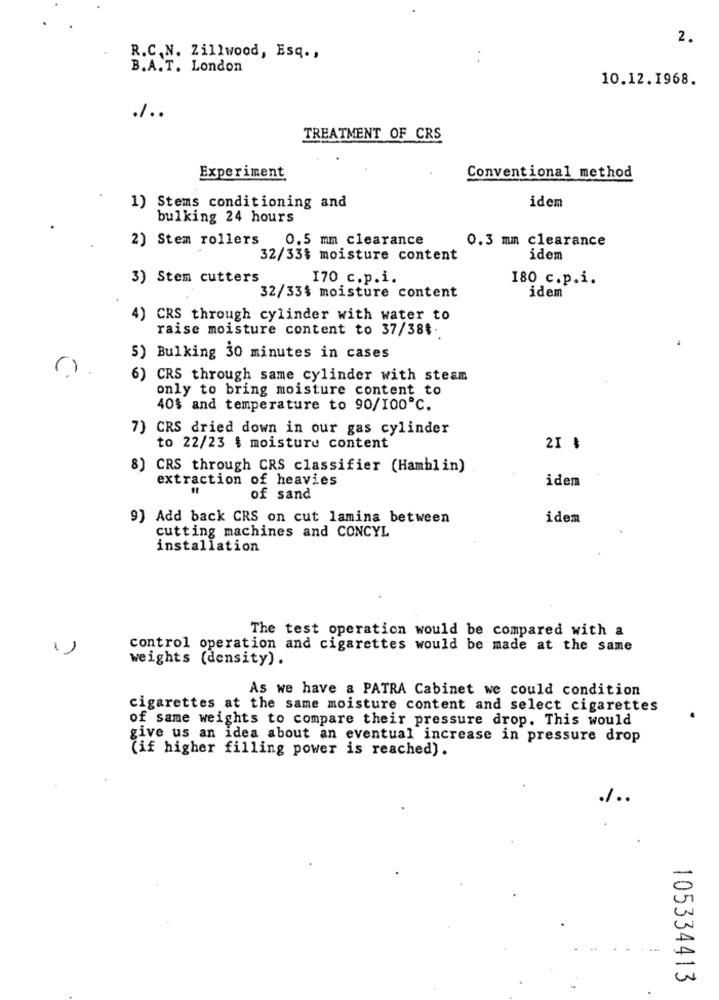
2.
R.C.N. Zillwood, Esq .,
B.A.T. London
10.12.1968.
./ ..
TREATMENT OF CRS
Experiment
Conventional method
idem
1) Stems conditioning and
bulking 24 hours
2) Stem rollers
0.5 mm clearance
0.3 mm clearance
32/33$ moisture content
idem
3) Stem cutters
170 c.p.i.
180 c.p.i.
32/33% moisture content
idem
4) CRS through cylinder with water to
raise moisture content to 37/388.
5) Bulking 30 minutes in cases
6) CRS through same cylinder with steam
only to bring moisture content to
40$ and temperature to 90/100℃.
7) CRS dried down in our gas cylinder
to 22/23 $ moisture content
21 %
8) CRS through CRS classifier (Hamblin)
extraction of heavies
idem
of sand
9] Add back CRS on cut lamina between
idem
cutting machines and CONCYL
installation
The test operation would be compared with a
1 )
control operation and cigarettes would be made at the same
weights (density) .
As we have a PATRA Cabinet we could condition
cigarettes at the same moisture content and select cigarettes
of same weights to compare their pressure drop. This would
give us an idea about an eventual increase in pressure drop
(if higher filling power is reached).
./ ..
105334413